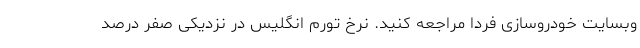
وبسایت خودروسازی فردا مراجعه کنید. نرخ تورم انگلیس در نزدیکی صفر درصد